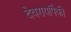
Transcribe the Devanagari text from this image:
देवरायांपैकी